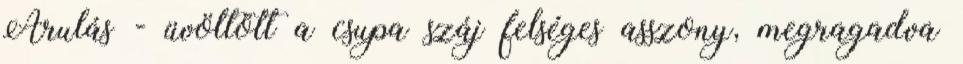
Árulás - üvöltött a csupa száj felséges asszony, megragadva